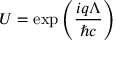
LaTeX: U = \exp \left( { \frac { i q \Lambda } { \hbar c } } \right)